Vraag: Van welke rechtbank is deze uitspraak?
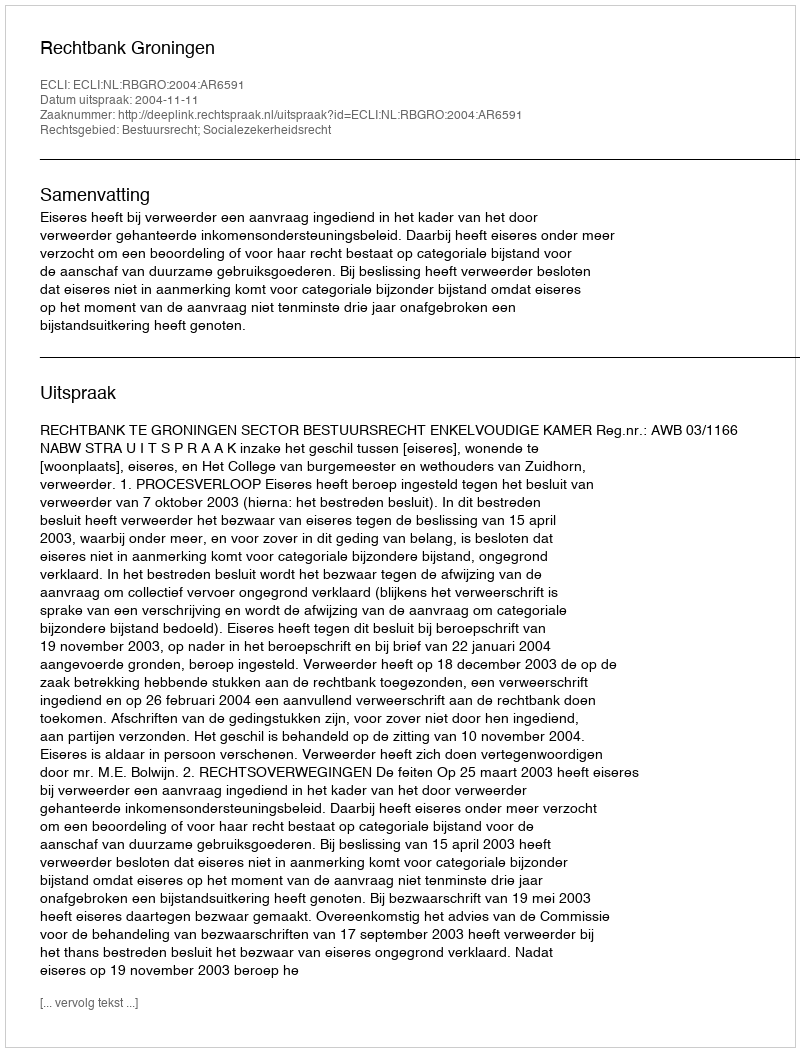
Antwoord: Rechtbank Groningen